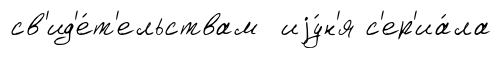
св'ид'е́т'ельствам иjу́н'я с'ер'иа́ла